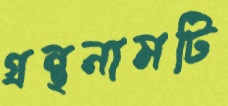
গ্রন্থনামটি